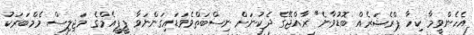
އެހެންވީމާ ކިހާ ޕްރެޝަރެއް ބޮޑުވާނެ" ރާއްޖޭގެ ދެކުނަށް ނިސްބަތްވެވަޑައިގަންނަވާ ޕީޕީއެމްގެ މަޖިލިސް މެމްބަރަކު